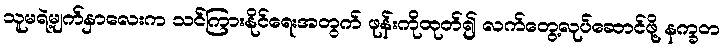
သူမရဲ့မျက်နှာလေးက သင်ကြားနိုင်ရေးအတွက် ဖုန်းကိုထုတ်၍ လက်တွေ့လုပ်ဆောင်ဖို့ နက္ခတ